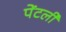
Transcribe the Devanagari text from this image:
पेंटर्ली